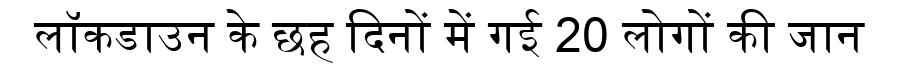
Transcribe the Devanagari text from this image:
लॉकडाउन के छह दिनों में गई 20 लोगों की जान